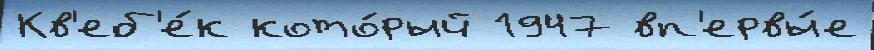
Кв'еб'е́к кото́рый 1947 вп'ервы́е